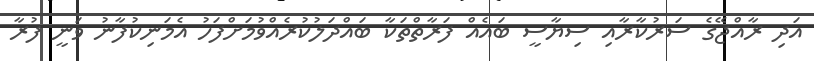
އަދި ރާއްޖޭގެ ސަރުކާރާއި ސިޔާސީ ބައެއް ފަރާތްތަކާ ބައްދަލުކުރެއްވުމަށްފަހު އެމަނިކުފާނު ވަނީ ފުރާ